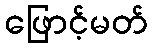
ဖြောင့်မတ်